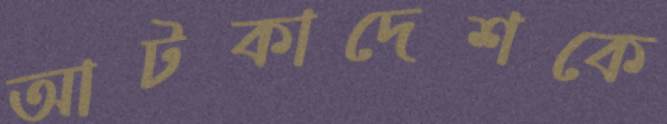
আটকাদেশকে